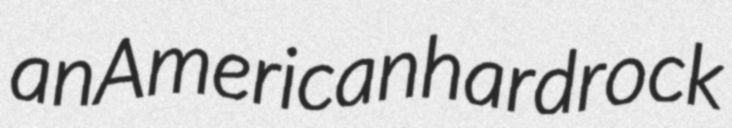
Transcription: an American hard rock